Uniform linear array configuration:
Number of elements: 12
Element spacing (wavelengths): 0.5
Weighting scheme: blackman
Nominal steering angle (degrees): -30
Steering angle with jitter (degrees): -29.676
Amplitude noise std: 0.05
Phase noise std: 0.05

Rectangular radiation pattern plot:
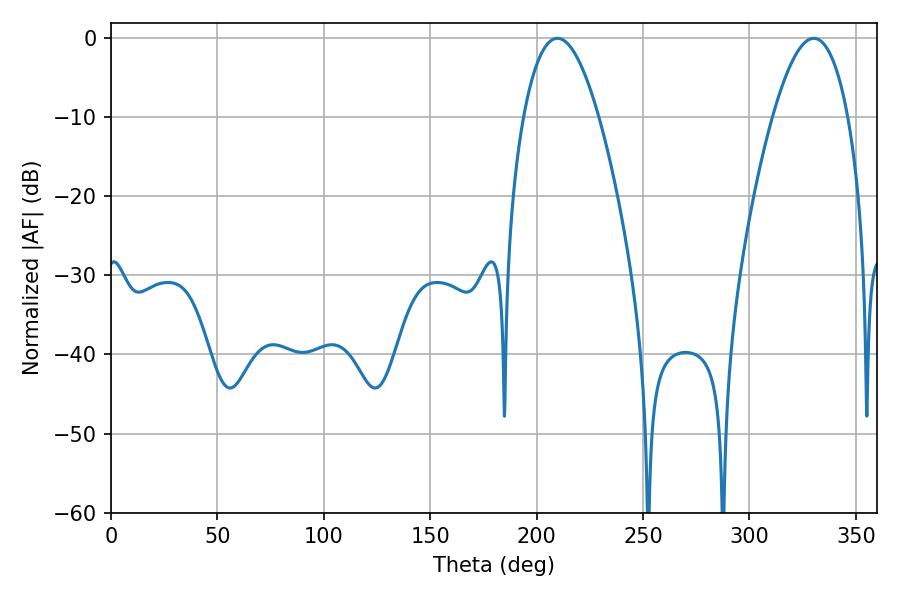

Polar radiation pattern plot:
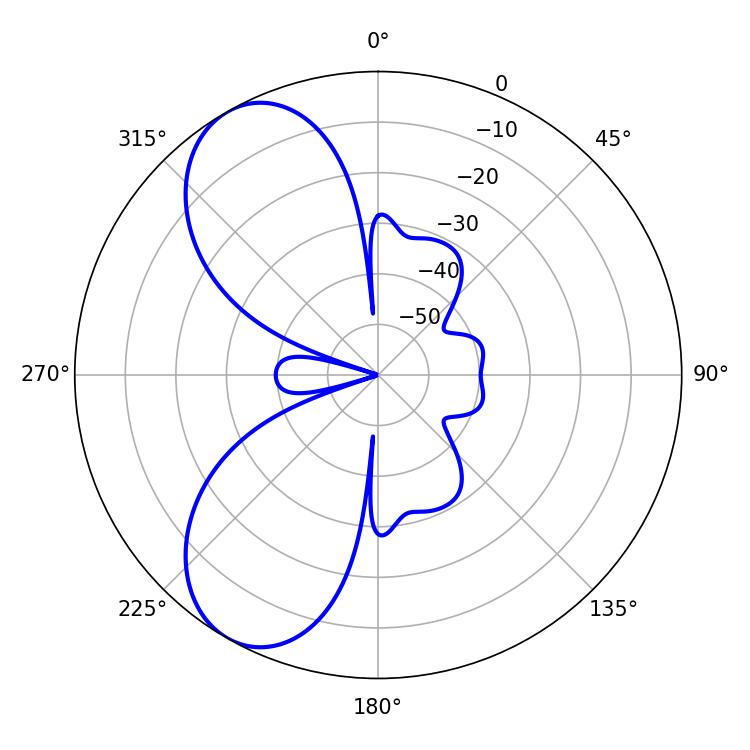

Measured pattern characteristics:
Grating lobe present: FALSE
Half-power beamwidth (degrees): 19.44
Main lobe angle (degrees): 209.7